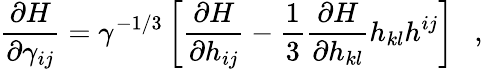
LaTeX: \frac{\partial H}{\partial\gamma_{ij}}=\gamma^{-1/3}\left[\frac{\partial H}{\partial h_{ij}}-\frac{1}{3}\frac{\partial H}{\partial h_{kl}}h_{kl}h^{ij}\right]~~~,